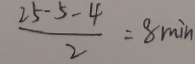
\frac { 2 5 - 5 - 4 } { 2 } = 8 \min